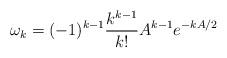
LaTeX: \begin{align*}\omega_k =(-1)^{k-1}\frac{k^{k-1}}{k!}A^{k-1}e^{-kA/2}\end{align*}